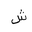
Letter: _shin